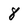
Character: 8